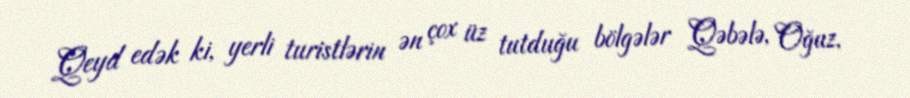
Qeyd edək ki, yerli turistlərin ən çox üz tutduğu bölgələr Qəbələ, Oğuz,